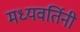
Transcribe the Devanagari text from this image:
मध्यवर्तिनी